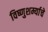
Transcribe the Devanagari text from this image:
विष्णुशर्म्याचे